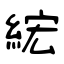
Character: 綋